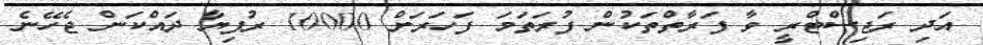
އަދި ރަޖިސްޓްރީ ވާ ފަރާތްތަކުން ފުރަތަމަ ފަހަރަށް 10000 ރުފިޔާ ދައްކަން ޖެހޭނެ